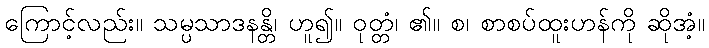
ကြောင့်လည်း။ သမ္ပသာဒနန္တိ၊ ဟူ၍။ ဝုတ္တံ၊ ၏။ စ၊ စာစပ်ထူးဟန်ကို ဆိုအံ့။